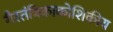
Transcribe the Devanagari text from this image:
गैरतंत्रिकाकोशिकीय